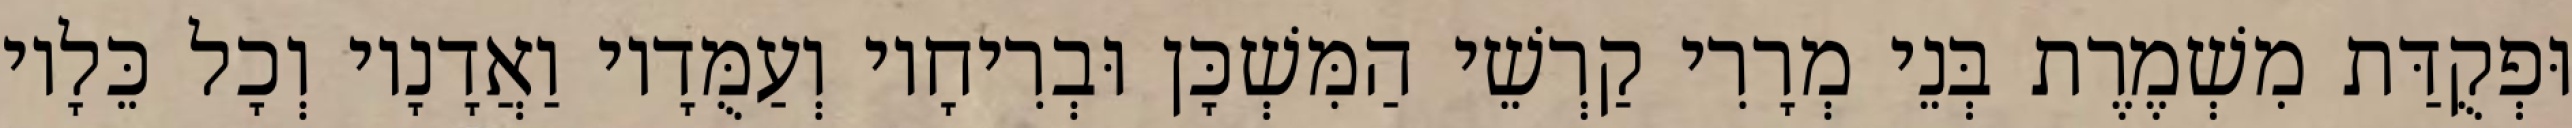
וּפְקֻדַּת מִשְׁמֶרֶת בְּנֵי מְרָרִי קַרְשֵׁי הַמִּשְׁכָּן וּבְרִיחָיו וְעַמֻּדָיו וַאֲדָנָיו וְכָל כֵּלָיו